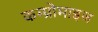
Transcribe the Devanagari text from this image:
कम्प्रोमाइज